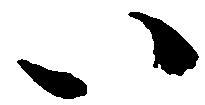
い